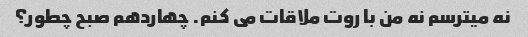
نه میترسم نه من با روت ملاقات می کنم. چهاردهم صبح چطور؟